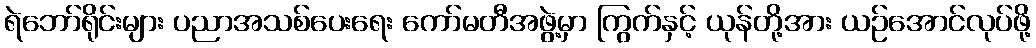
ရဲဘော်ရိုင်းများ ပညာအသစ်ပေးရေး ကော်မတီအဖွဲ့မှာ ကြွက်နှင့် ယုန်တို့အား ယဉ်အောင်လုပ်ဖို့